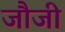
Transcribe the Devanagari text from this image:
जौजी